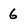
Character: 6